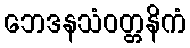
ဘေဒနသံဝတ္တနိကံ